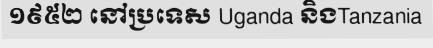
១៩៥២ នៅប្រទេស Uganda និងTanzania